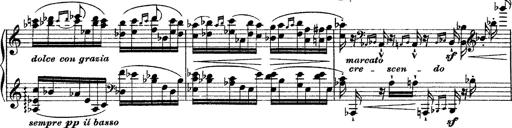
Title: Grande fantasie di bravura sur La clochette
Composer: Franz Liszt
Key: A minor